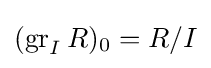
(\operatorname {gr} _{I}R)_{0}=R/I